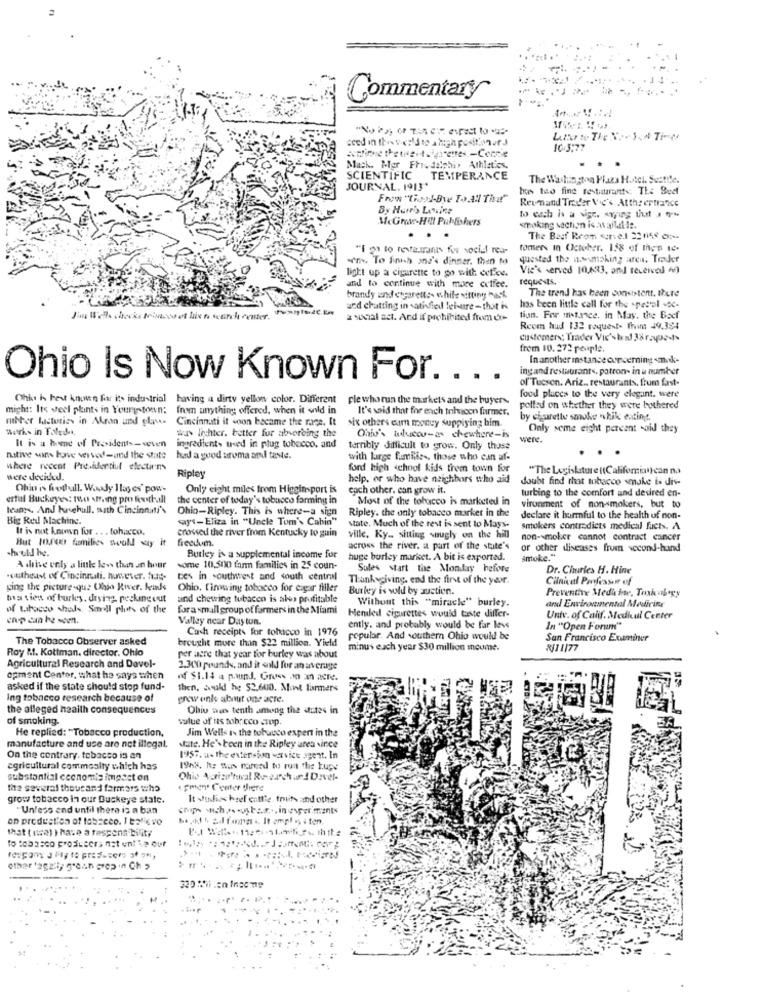
.....
Commentary
aced in this :'d se ahigh positionars
10 5:77
Mack. Mgr Fri delphi, Athletics.
SCIENTIFIC TEMPERANCE
The Washington Plaza Hotel. Suctie.
JOURNAL. 1913*
From "(hood-Bye To All That"
Revnand Trader Vic's. Atthe entrance
By Herr's Levine
McGra-Hill Publishers
to each is a vigr. avying that s q-
smoking waction is av alladi ie.
"I gr to restaurants for social rea-
tomers in October. 158 of then ic-
w. To finish ond's dinner. then Mos
quested the nosmoking area. Trader
light up a cigarette to go with coffee.
Vie's served 10,633, and received 40
and to continue with more coffee.
The trend has been consistent. there
brandy and cigarettes while sitting hack
and chatting in satisfied leisure-that is
has been little call for the >pesol <c-
a search center.
à social act. And if prohibited from eu-
tion. For instance. in May. the Bocf
Reem had 132 requests from 19.384
customers: Trader Vic'sted Jarayue->
from 10. 272 people
In another mstance concerning -nak-
ingand restaurants. patron- in u number
Ohio Is Now Known For.
...
of Tucson. Ariz .. restaurants, from fast-
Ohiu is best known for its industrial having a dirty yellow color. Different
Fle whorun the markets and the buyers.
food plucca to the very elegant. were
might: Its veel plants in Yourtestonn: from anything offered, when it sold in
It's said that for each tohnoen farmer.
polled on whether they were bothered
ruthher laasturies in Akron und glass Cincinnati it soon became the race. It
six others cam money supplying him.
by cigarette smoke while eatingt.
Works in Toledo,
was lichter. better fur absorbing the
Only some eight percent soid they
It is a hand of Presidents-seven
Ohio's tulucou-as chewhere-is
were.
ingredients tried in plug tobacco. and
terribly difficult to grow. Only those
native wins have ver ved-and the state
had a good aroma and taste.
with large families. those who can af-
where recent Presidentiul electirm
Ripley
ford high school kids firem town for
"The Legislature ((Califomia) can na
were decided.
help, or who have neighbors who aid
doubt find that tobacco smake is dis-
Ohio is hothull. Woody Ilog es' pow-
Only eight miles from Higginsport is
each other, can grow it.
turbing to the comfort and desired en-
estul Buckeyes: two ming pro football
the center of today's tobacco farming in
Most of the tobacco is marketed in
leanys. And kursehull, math Cincinnati's
Ohio-Ripley. This is where-a sign
Ripley. the only tobacco market in the
vironment of non-smokers, but to
Big Red Machine.
says-Eliza in "Uncle Tom's Cabin"
declare it harmful to the health of non-
It is not known for .. . toharco.
crossed the river from Kentucky to guin
state. Much of the rest is sent to Mays-
smokers contradicts medical facts. A
But 10.200 families would say it
ville, Ky .. sitting sougly on the hill
non-smoker cannot contract cancer
should he.
across the river. a part of the state's
or other diseases from second-hand
Burley is a supplemental income for
huge burley market. A bit is exported.
smoke."
A shive enly a linke lev thun an hour
some 10,500 farm families in 25 coun-
Sules start the Monday before
Dr. Cimries H. Hine
.outheast of Cincinnati. hunnever. fue-
Les in southwest and south central
Thanksgiving. end the first of the year.
Cilnical Professor of
ging the picture-que Ohio River. Jeude
Ohio, Tinywing tobacco for cigar filler
Burley is vold by auction.
Preventive Medicine, Toxicology
ma tien of burley, drying, pecking out
and chewing tubacen is aber profitable
Without this "miracle" burley.
of tabacco shods, Sorell pivots of the
fora small group of formers in the Miami
Hended cigarettes would taste diller-
and Environmental Medicine
cnp can be seen.
Valley near Daytun.
Untv. of Calif. Medical Center
Cash receipts for tobacco in 1976
ently. and probably would be far less
In "Open Forum"
The Tobacco Observer asked
popular. And southern Ohio would be
San Francisco Examiner
Roy M. Kottman, director. Ohio
brought more than $22 million. Yield
minus euch year $30 million incume.
2/11177
per acre that year for burley was about
Agricultural Research and Davel-
2.300 pounds, and it sold for an average
opment Center, what he says when
of $1.14 a pound. Gruss on 3 acte.
asked if the state should stop fund-
then, could he 52.600. Mont farmers
Ing tobacco research because of
grew enis about one acre.
the alleged health consequences
Ohio was tenth among the sites in
of smoking.
value of its tobacco crop.
He replied: "Tobacco production,
Jim Wells is the tobacco expert in the
manufacture and use are not illegal.
state. He's been in the Ripley area vince
On the contrary, tobacco is an
1957. u. the extension varvice agent. In
agricultural commesity which has
1968. h: son named to run the tupe
substantial cccnomis impact on
Ohio Agricultural Research ar ! Davel-
the several thousand farmars who
« Fmen. Center there
grow tobacco in our Buckeye state.
It vudies beef cattle, fruits and other
Unless and until there is a ban
com wohn costas, in supermants
en production of tobacco. Italievo
that ( usa) ) hase a responsibility
to tabasco producers nat unt ie our
other fagally g'aan grep in Ch >
320 Wien Incomme